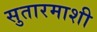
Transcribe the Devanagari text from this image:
सुतारमाशी